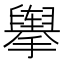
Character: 𰔶